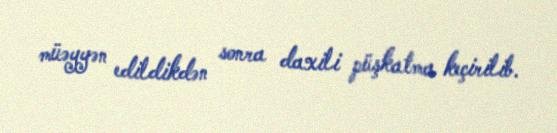
müəyyən edildikdən sonra daxili püşkatma keçirilib.